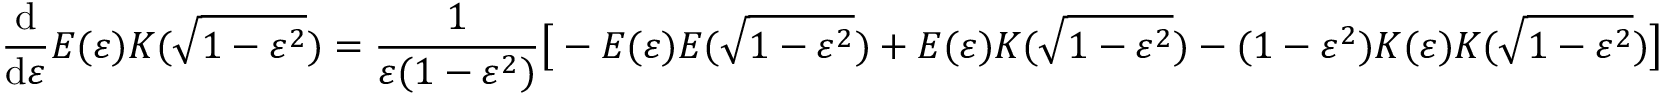
{ \frac { \mathrm { d } } { \mathrm { d } \varepsilon } } E ( \varepsilon ) K ( { \sqrt { 1 - \varepsilon ^ { 2 } } } ) = { \frac { 1 } { \varepsilon ( 1 - \varepsilon ^ { 2 } ) } } { \bigl [ } - E ( \varepsilon ) E ( { \sqrt { 1 - \varepsilon ^ { 2 } } } ) + E ( \varepsilon ) K ( { \sqrt { 1 - \varepsilon ^ { 2 } } } ) - ( 1 - \varepsilon ^ { 2 } ) K ( \varepsilon ) K ( { \sqrt { 1 - \varepsilon ^ { 2 } } } ) { \bigr ] }